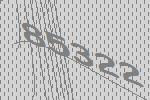
85322